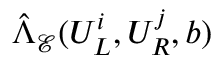
\hat { \Lambda } _ { \mathcal { E } } ( U _ { L } ^ { i } , U _ { R } ^ { j } , b )